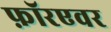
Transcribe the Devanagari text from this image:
फ़ॉरएवर